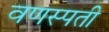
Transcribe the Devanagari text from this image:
वणस्पती